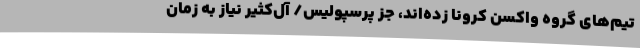
تیم‌های گروه واکسن کرونا زده‌اند، جز پرسپولیس/ آل‌کثیر نیاز به زمان